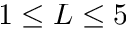
1 \le L \le 5